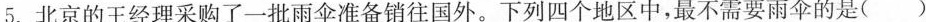
5.北京的王经理采购了一批雨伞准备销往国外。下列四个地区中，最不需要雨伞的是()